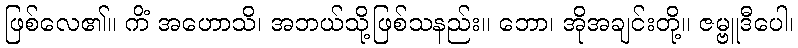
ဖြစ်လေ၏။ ကိံ အဟောသိ၊ အဘယ်သို့ဖြစ်သနည်း။ ဘော၊ အိုအချင်းတို့။ ဇမ္ဗူဒီပေါ၊